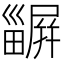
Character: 𤳫